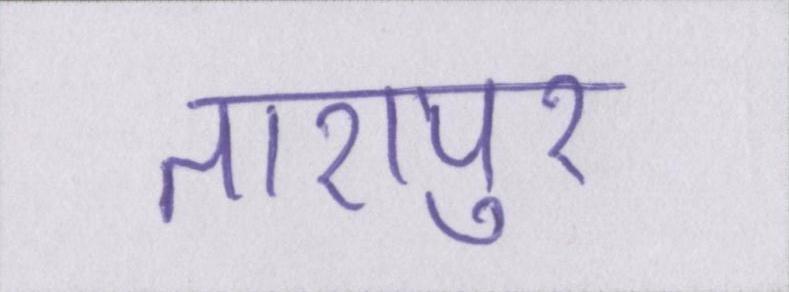
तारापुर